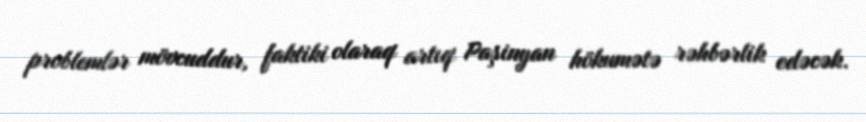
problemlər mövcuddur, faktiki olaraq artıq Paşinyan hökumətə rəhbərlik edəcək.